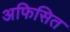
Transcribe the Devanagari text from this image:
अफिसित